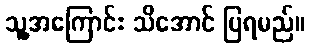
သူ့အကြောင်း သိအောင် ပြရမည်။